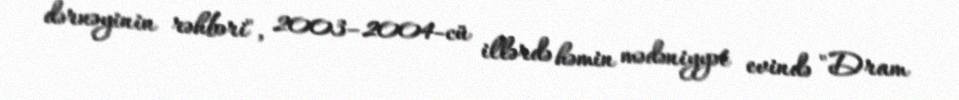
dərnəyinin rəhbəri", 2003–2004-cü illərdə həmin mədəniyyət evində "Dram